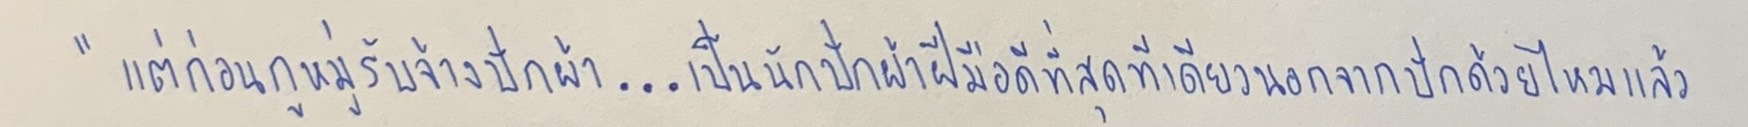
"แต่ก่อนกูหมู่รับจ้างปักผ้า...เป็นนักปักผ้าฝีมือดีที่สุดทีเดียวนอกจากปักด้วยไหมแล้ว